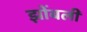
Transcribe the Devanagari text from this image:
झोंबली